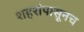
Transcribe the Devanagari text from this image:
शहरांपासूनच